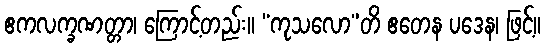
ဧကလက္ခဏတ္တာ၊ ကြောင့်တည်း။ “ကုသလော”တိ ဧတေန ပဒေန၊ ဖြင့်။